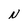
Character: N